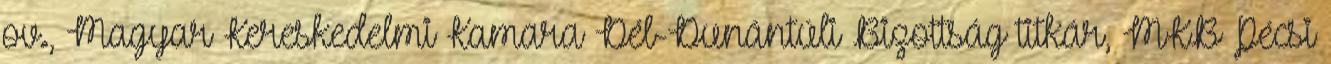
ov., Magyar Kereskedelmi Kamara Dél-Dunántúli Bizottság titkár, MKB Pécsi